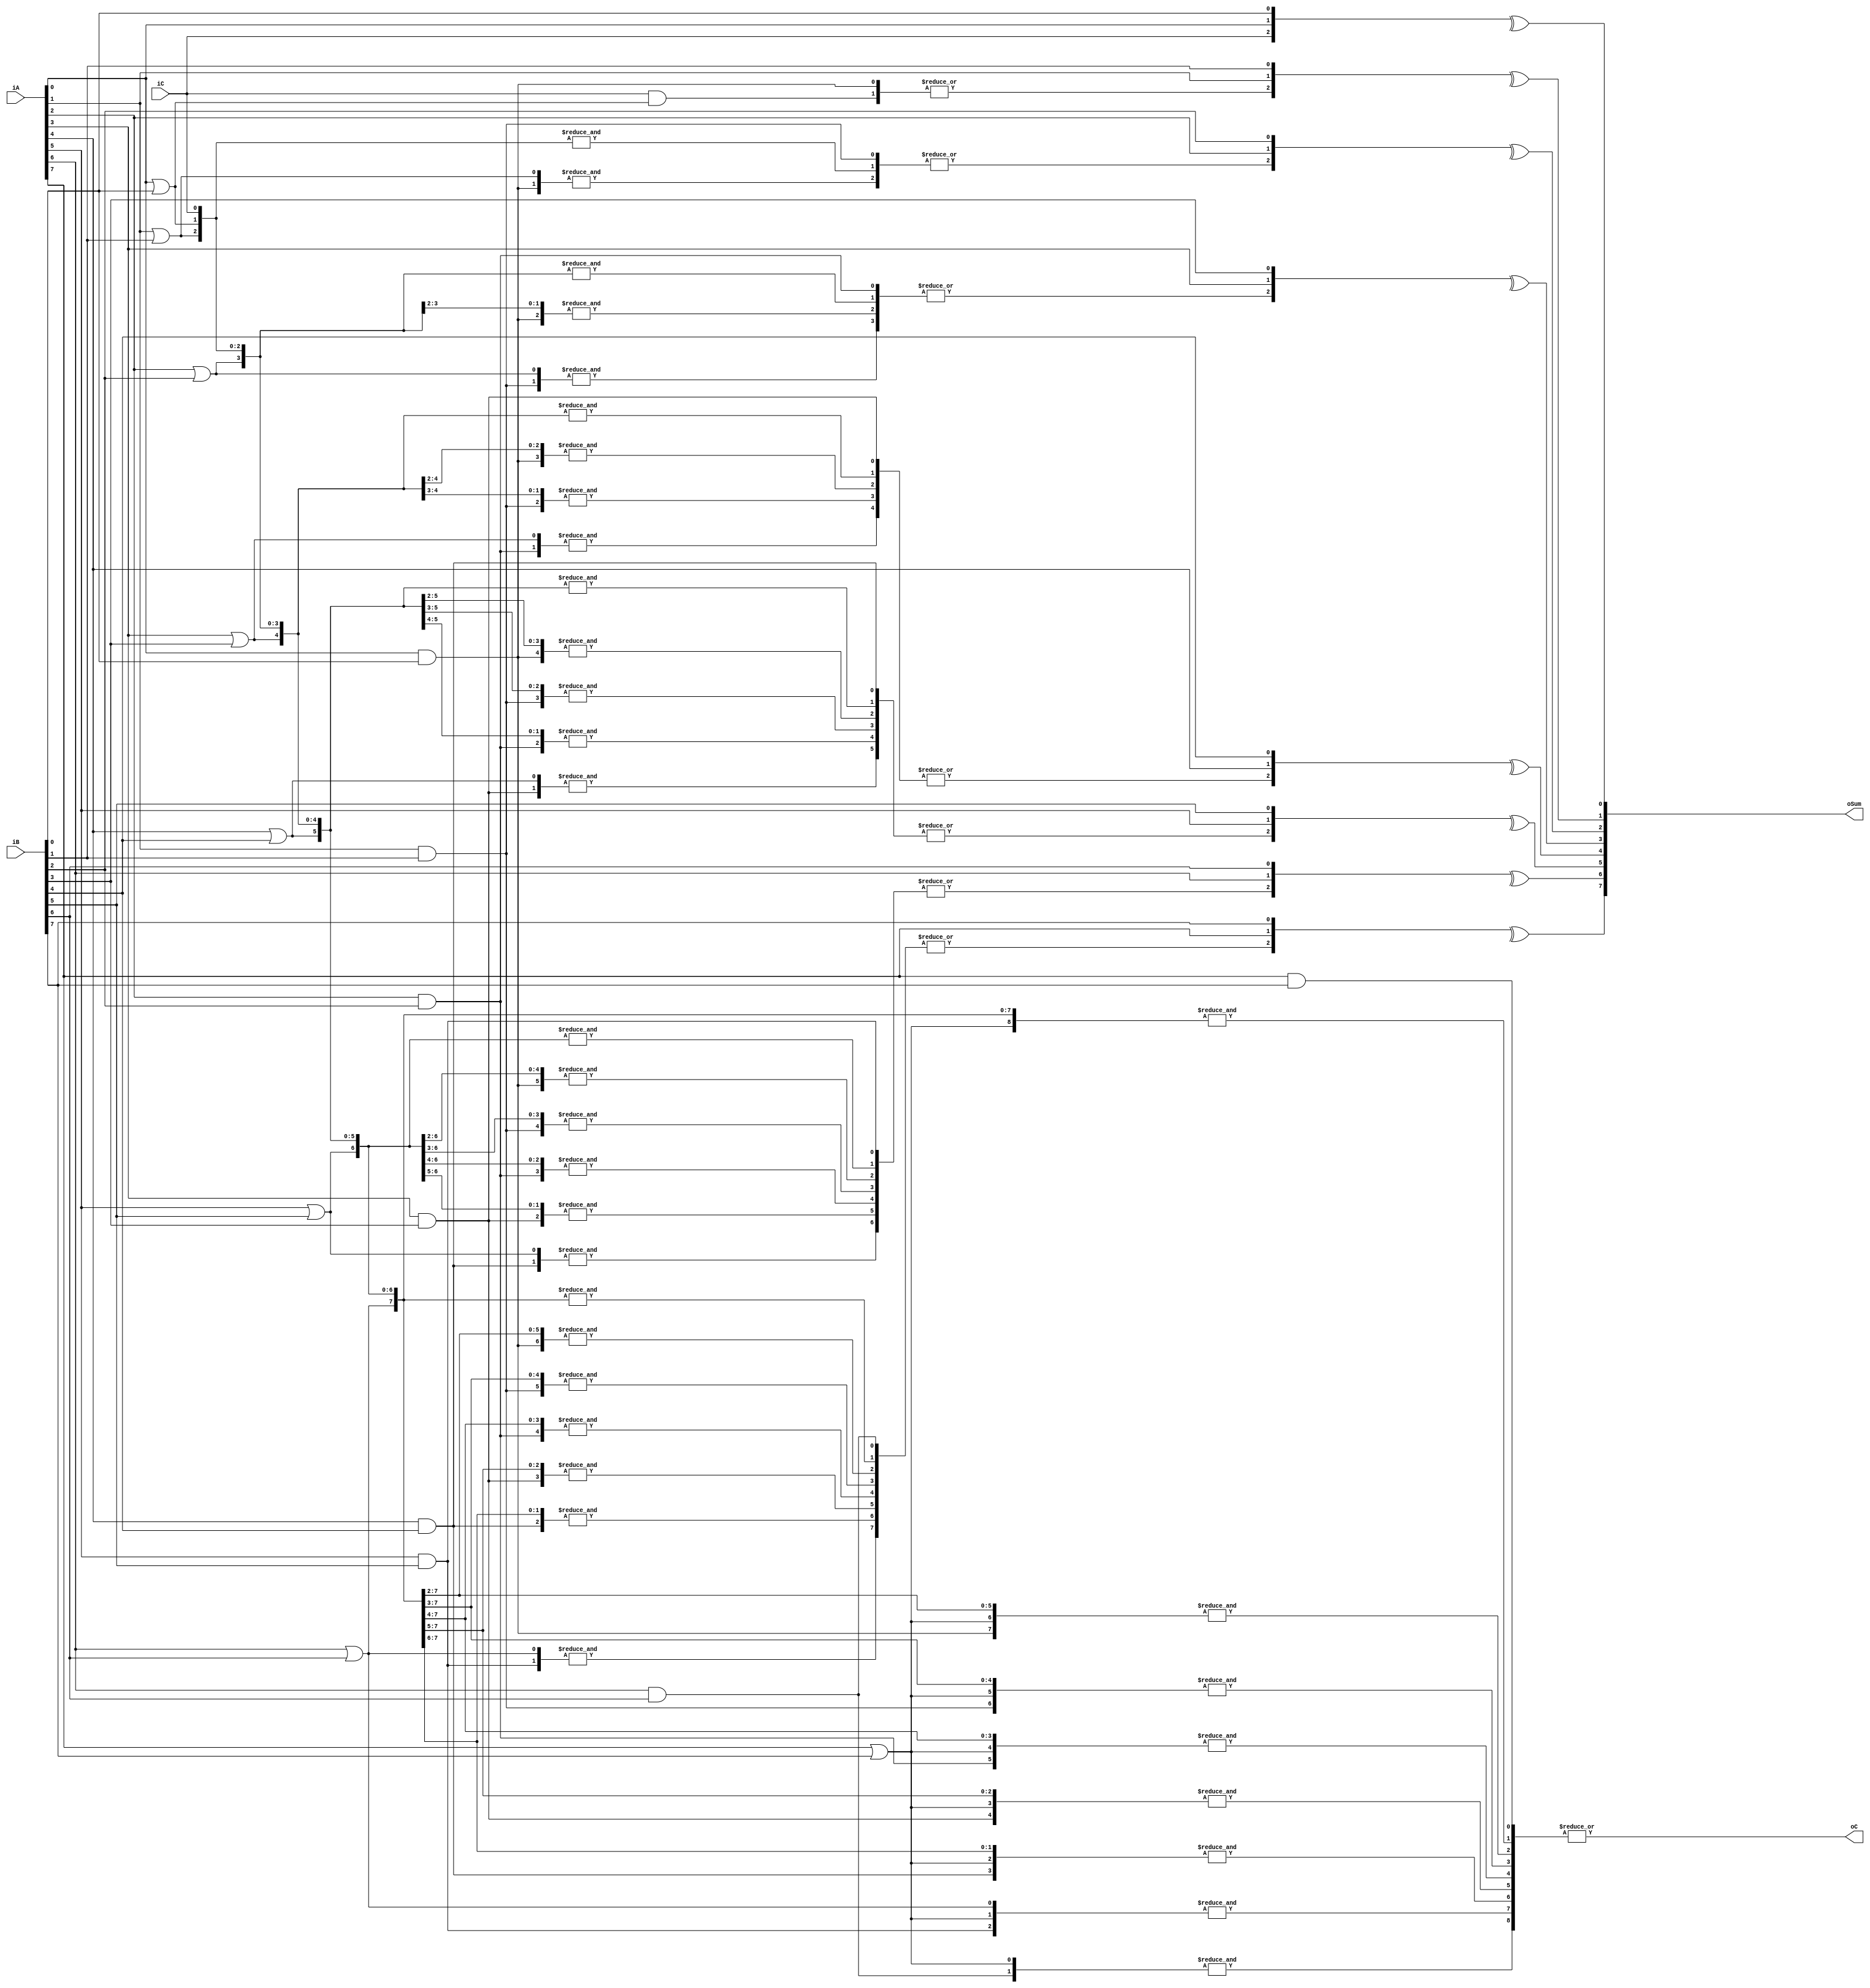
module adder_8bit#(parameter ADDER_WIDTH = 8)(//-0.079
    input  wire [ADDER_WIDTH-1:0] iA, iB,
    input  wire iC,
    output wire [ADDER_WIDTH-1:0] oSum,
    output wire oC
);
    wire [ADDER_WIDTH-1:0] wP;// = iA | iB;
    wire [ADDER_WIDTH-1:0] wS = iA ^ iB;
    wire [ADDER_WIDTH-1:0] wG;// = iA & iB;
    wire [ADDER_WIDTH:0] wC;
    assign wC[0] = iC;
    
    assign wC[1] = |{wG[0], iC&wP[0]};
    assign wC[2] = |{wG[1], &{wG[0], wP[1]}, &{iC,wP[1:0]}};
    assign wC[3] = |{wG[2], &{wG[1], wP[2]}, &{wG[0], wP[2:1]},  &{iC,wP[2:0]}};
    assign wC[4] = |{wG[3], &{wG[2], wP[3]}, &{wG[1], wP[3:2]},  &{wG[0], wP[3:1]},  &{iC,wP[3:0]}};
    assign wC[5] = |{wG[4], &{wG[3], wP[4]}, &{wG[2], wP[4:3]},  &{wG[1], wP[4:2]},  &{wG[0], wP[4:1]},  &{iC,wP[4:0]}};
    assign wC[6] = |{wG[5], &{wG[4], wP[5]}, &{wG[3], wP[5:4]},  &{wG[2], wP[5:3]},  &{wG[1], wP[5:2]},  &{wG[0], wP[5:1]},  &{iC,wP[5:0]}};
    assign wC[7] = |{wG[6], &{wG[5], wP[6]}, &{wG[4], wP[6:5]},  &{wG[3], wP[6:4]},  &{wG[2], wP[6:3]},  &{wG[1], wP[6:2]},  &{wG[0],wP[6:1]},  &{iC,wP[6:0]}};
    assign wC[8] = |{wG[7], &{wG[6], wP[7]}, &{wG[5], wP[7:6]},  &{wG[4], wP[7:5]},  &{wG[3], wP[7:4]},  &{wG[2], wP[7:3]},  &{wG[1],wP[7:2]},  &{wG[0],wP[7:1]}, &{iC,wP[7:0]}};
    genvar i;
    generate
        for (i=0; i<ADDER_WIDTH; i=i+1) begin
            assign wP[i] = iA[i] | iB[i], wG[i] = iA[i] & iB[i], oSum[i] = ^{wC[i],iA[i],iB[i]};
        end 
    endgenerate
    assign oC = wC[ADDER_WIDTH];
endmodule

//module adder_8bit#(parameter ADDER_WIDTH = 8)(//-0.3
//    input  wire [ADDER_WIDTH-1:0] iA, iB,
//    input  wire iC,
//    output wire [ADDER_WIDTH-1:0] oSum,
//    output wire [ADDER_WIDTH-1:0] G,
//    output wire [ADDER_WIDTH-1:0] P,
//    output wire [ADDER_WIDTH-1:0] oC_array,
//    output wire oC
//);
//    wire [ADDER_WIDTH-1:0] wP = iA | iB;
//    wire [ADDER_WIDTH-1:0] wS = iA ^ iB;
//    wire [ADDER_WIDTH-1:0] wG = iA & iB;
//    wire [ADDER_WIDTH:0] wC;
//    assign wC[0] =  iC;
//    assign wC[1] =  |{wG[0], iC&wP[0]};
//    assign wC[2] =  |{wG[1], &{wG[0], wP[1]}, &{iC,wP[1:0]}};
//    assign wC[3] =  |{wG[2], &{wG[1], wP[2]}, &{wG[0], wP[2:1]},  &{iC,wP[2:0]}};
//    assign wC[4] =  |{wG[3], &{wG[2], wP[3]}, &{wG[1], wP[3:2]},  &{wG[0], wP[3:1]},&{iC,wP[3:0]}};
//    assign wC[5] =  |{wG[4], &{wG[3], wP[4]}, &{wG[2], wP[4:3]},  &{wG[1], wP[4:2]},  &{wG[0], wP[4:1]},  &{iC,wP[4:0]}};
//    assign wC[6] =  |{wG[5], &{wG[4], wP[5]}, &{wG[3], wP[5:4]},  &{wG[2], wP[5:3]},  &{wG[1], wP[5:2]},  &{wG[0], wP[5:1]},  &{iC,wP[5:0]}};
//    assign wC[7] =  |{wG[6], &{wG[5], wP[6]}, &{wG[4], wP[6:5]},  &{wG[3], wP[6:4]},  &{wG[2], wP[6:3]},  &{wG[1], wP[6:2]},  &{wG[0],wP[6:1]},  &{iC,wP[6:0]}};
//    assign wC[8] =  |{wG[7], &{wG[6], wP[7]}, &{wG[5], wP[7:6]},  &{wG[4], wP[7:5]},  &{wG[3], wP[7:4]},  &{wG[2], wP[7:3]},  &{wG[1],wP[7:2]},  &{wG[0],wP[7:1]}, &{iC,wP[7:0]}};
//    genvar i;
//    generate
//        for (i=0; i<ADDER_WIDTH; i=i+1) begin
//            assign oSum[i] = wC[i] ^ wS[i], P[i] = iA[i] | iB[i], wG[i] = iA[i] & iB[i];
//        end 
//    endgenerate
//    assign oC = wC[ADDER_WIDTH];
//    assign G = wG;
//    assign P = wP;
//endmodule